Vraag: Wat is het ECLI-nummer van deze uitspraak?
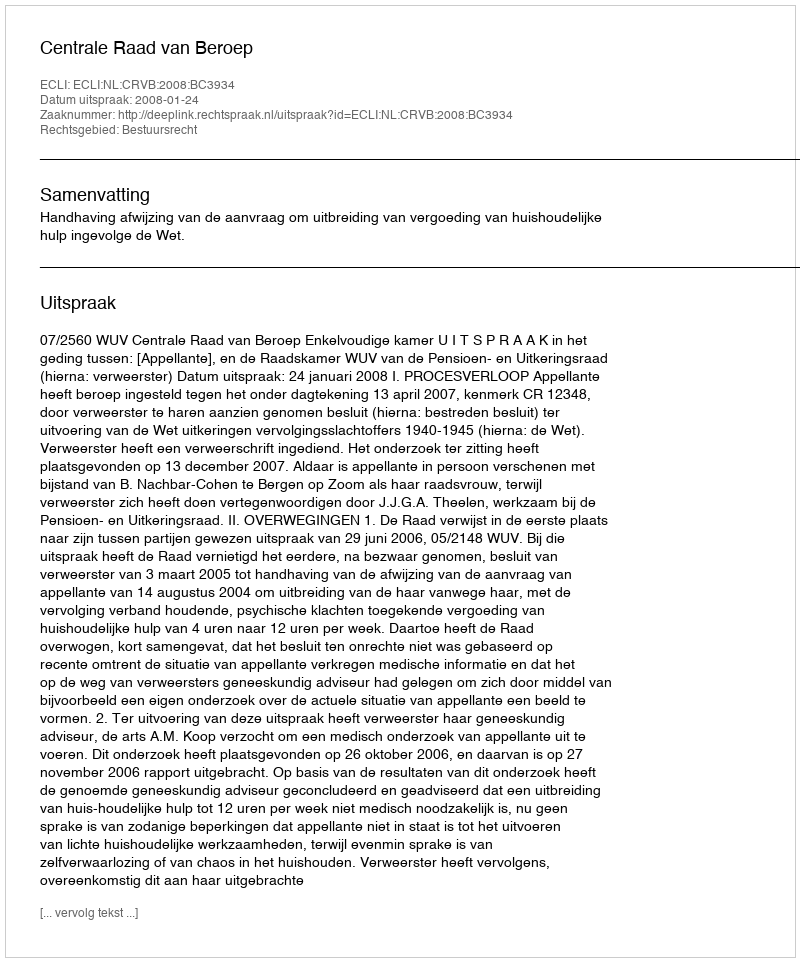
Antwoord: ECLI:NL:CRVB:2008:BC3934